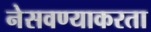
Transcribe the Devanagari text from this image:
नेसवण्याकरता